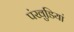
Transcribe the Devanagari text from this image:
पंखुडि़यां